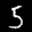
Label: 5